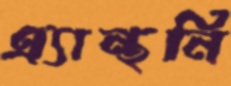
এ্যান্থনি